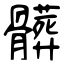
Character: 髒